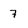
Character: 7